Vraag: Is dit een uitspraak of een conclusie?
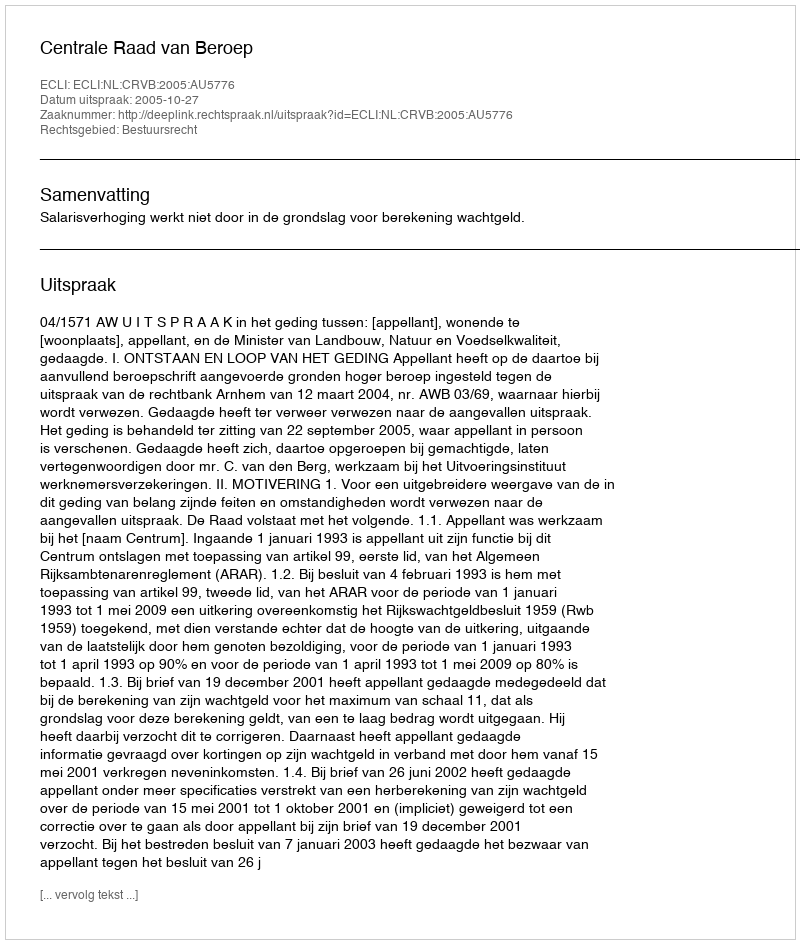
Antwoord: Uitspraak